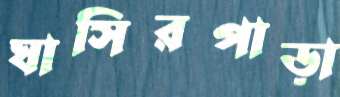
ঘাসিরপাড়া